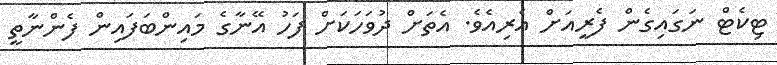
ޓިކެޓް ނަގައިގެން ފެރީއަށް އެރިއެވެ. އެތަށް ދުވަހަކަށް ފަހު އޭނާގެ މައިންބަފައިން ފެންނާތީ